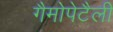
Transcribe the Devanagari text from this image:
गैमोपेटैली